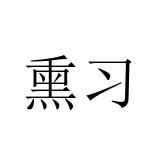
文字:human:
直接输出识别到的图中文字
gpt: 熏习